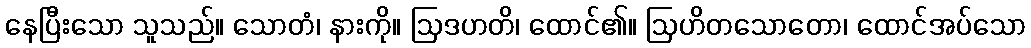
နေပြီးသော သူသည်။ သောတံ၊ နားကို။ ဩဒဟတိ၊ ထောင်၏။ ဩဟိတသောတော၊ ထောင်အပ်သော